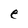
Character: e